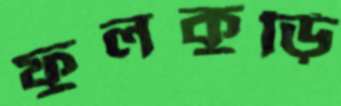
ফুলকুড়ি